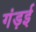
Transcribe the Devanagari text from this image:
गंड़ई